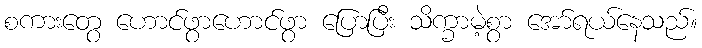
စကားတွေ ဟောင်ဖွာဟောင်ဖွာ ပြောပြီး သိက္ခာမဲ့စွာ အော်ရယ်နေသည်။